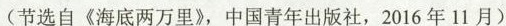
(节选自《海底两万里》，中国青年出版社，2016年11月)